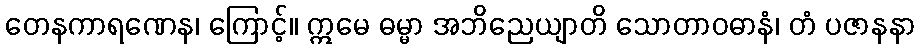
တေနကာရဏေန၊ ကြောင့်။ ဣမေ ဓမ္မာ အဘိညေယျာတိ သောတာဝဓာနံ၊ တံ ပဇာနနာ